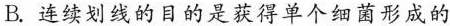
B.连续划线的目的是获得单个细菌形成的